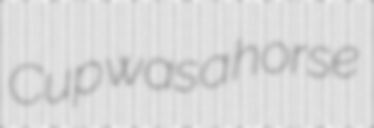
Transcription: Cup was a horse